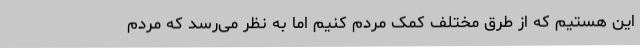
این هستیم که از طرق مختلف کمک مردم کنیم اما به نظر می‌رسد که مردم